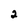
Character: 2